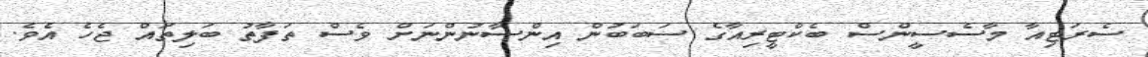
ސެރަޓިއާ މާސެސީންސް ބެކްޓީރިއާގެ ސަބަބުން އިންސާނުންނަށް ވެސް ތަފާތު ބަލިތައް ޖެހެ އެވެ.